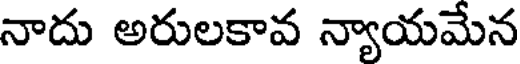
నాదు అరులకావ న్యాయమేన